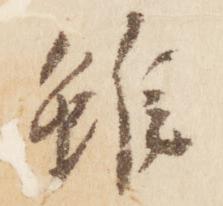
雖